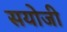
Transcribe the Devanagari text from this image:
सयोजी